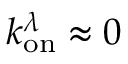
k _ { \mathrm { o n } } ^ { \lambda } \approx 0